Report on inoculation in the plague infected areas of the Punjab and its dependencies from October 1900 to September 1901
Year: 1900
Disease focus: Plague
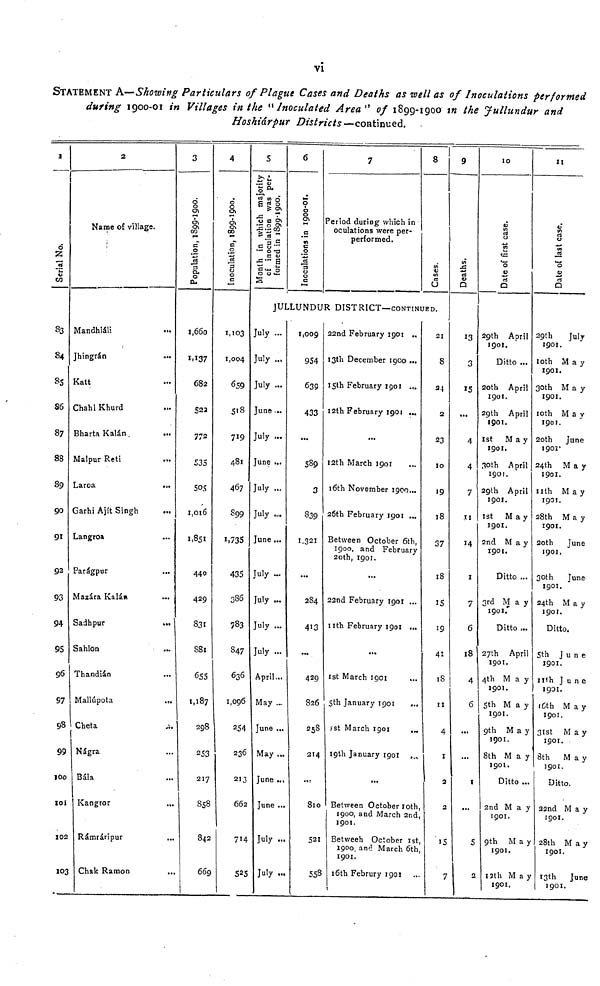
vi
STATEMENT A—Showing Particulars of Plague Cases and Deaths as well as of Inoculations performed
during 1900-01 in Villages in the "Inoculated Area" of 1899-1900 in the Jullundur and
Hoskiárpur Districts —continued.
1
Serial No.
33
84
85
So
87
88
39
90
91
92
93
94
95
96
97
98
99
100
101
102
103
2
Name of village.
Mandhiáli
Jhingrán
Katt
Chahl Khurd
Bharta Kalán
Malpur Reti
Laroa
Garhi Ajit Singh
Langroa
Parágpur
Mazára Kalár
Sadhpur
Sahlon
Thandián
Mallúpota
Cheta
Nágra
Báia
Kangror
Rámráripur
3 Chak Ramon
3
Population, 1899-1900.
1,660
1,137
682
S22
772
535
505
1,016
1,851
440
429
831
881
655
1,187
298
253
217
858
842
66c
4
Inoculation, 1899-1900.
1,103
1,004
659
518
719
481
467
899
1,735
435
386
783
847
636
1,096
254
236
213
662
714
525
5
Month in which majority
of
inoculation was per-
formed in 1899-1900.
6
Inoculation, 1899-1900.
7
Period during which in
oculations were per-
performed.
8
Cases.
JULLUNDUR DISTRICT—CONTINUED.
July ...
July ..,
July ...
June
July ...
June ...
July
July
une ...
July
July
July
July ...
April
May
June ...
May ...
June ...
June ..
July ..
July
1,009
954
639
433
589
3
839
1,321
284
413
429
826
258
214
810
521
558
22nd February 1901 ..
13th December 1900 ...
15th February 1901
12th February 1901
...
12th March 1901
16th November 1900...
26th February
1901
Between October 6th,
1900, and February
20th, 1901.
...
22nd February 1901 ...
nth February 1903 ...
...
1st March 1901
5th January 1901
1st March 1901
19th January
1901
...
Between October roth
1900, and March 2nd
1901.
Between October 1st
1900, and March 6th
1901.
16th Februry 1901
21
8
24
2
23
10
19
18
37
18
15
19
41
18
11
4
1
2
2
15
1
9
Deaths.
13
3
15
...
4
4
7
11
14
1
7
6
18
4
6
• ••
1
5
2
10
Date of first case.
29th April
1901.
Ditto ...
20th April
1901.
29th April
190t.
1st
May
1901.
30th April
1901.
29th April
1901.
1st
May
1901.
2nd
May
1901.
Ditto ...
3rd May
1901.'
Ditto ...
27th April
1901.
4th
May
1901.
5th
May
1901.
9th
May
1901.
8th
May
1901.
Ditto ...
2nd M a y
1901.
9th
May
1901.
13th May
1901.
11
Date of last case.
29th
July
1901.
10th
May
1901.
30th
May
1901.
10th
May
1901.
20th June
190Ï'
24th
May
1901.
11th
May
1901.
28th
May
1901.
20th
June
1901.
30th
June
1901.
24th
May
1901.
Ditto.
5th
June
1901.
11th
June
1 1901.
16th
May
1901.
31st
May
1901.
8th
May
1901.
Ditto.
22nd May
1901.
28th
May
1901.
13th June
1901.